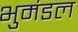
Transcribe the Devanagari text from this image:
भुमंडल